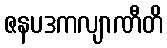
ဇနပဒကလျာဏီတိ